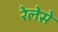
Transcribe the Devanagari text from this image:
रेलेसे